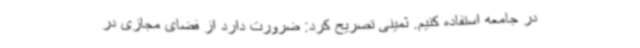
در جامعه استفاده کنیم. ثمینی تصریح کرد: ضرورت دارد از فضای مجازی در